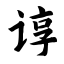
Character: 谆